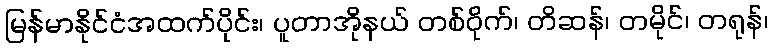
မြန်မာနိုင်ငံအထက်ပိုင်း၊ ပူတာအိုနယ် တစ်ဝိုက်၊ တိဆန်၊ တမိုင်၊ တရုန်၊